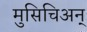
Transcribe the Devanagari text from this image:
मुसिचिअन्